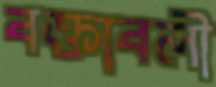
বক্তাবলী